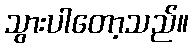
သွားပါတော့သည်။